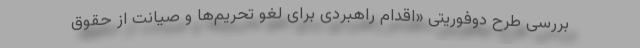
بررسی طرح دوفوریتی «اقدام راهبردی برای لغو تحریم‌ها و صیانت از حقوق